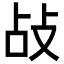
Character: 敁